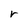
Character: r